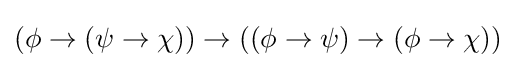
(\phi \to (\psi \to \chi ))\to ((\phi \to \psi )\to (\phi \to \chi ))